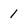
Character: 1